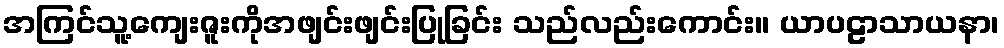
အကြင်သူ့ကျေးဇူးကိုအဖျင်းဖျင်းပြုခြင်း သည်လည်းကောင်း။ ယာပဠာသာယနာ၊